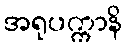
အရုပက္ကာနိ